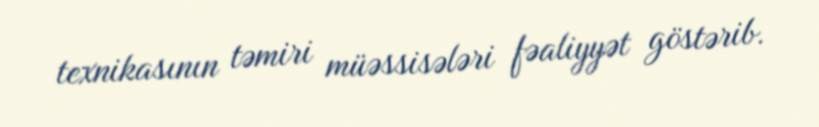
texnikasının təmiri müəssisələri fəaliyyət göstərib.